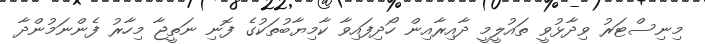
މިނިސްޓަރު ވިދާޅުވީ ތައުލީމީ ދާއިރާއިން ހޯދިފައިވާ ކާމިޔާބުތަކުގެ ފޮނި ނަތީޖާ މިހާރު ފެންނަމުންދާ